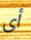
أى